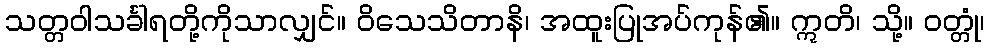
သတ္တဝါသင်္ခါရတို့ကိုသာလျှင်။ ဝိသေသိတာနိ၊ အထူးပြုအပ်ကုန်၏။ ဣတိ၊ သို့။ ဝတ္တုံ၊